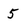
Character: 5